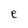
Character: e